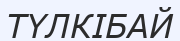
ТҮЛКІБАЙ